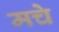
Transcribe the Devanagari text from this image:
मचे